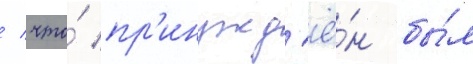
/ что́ пр'инужд'ё́н бы́л